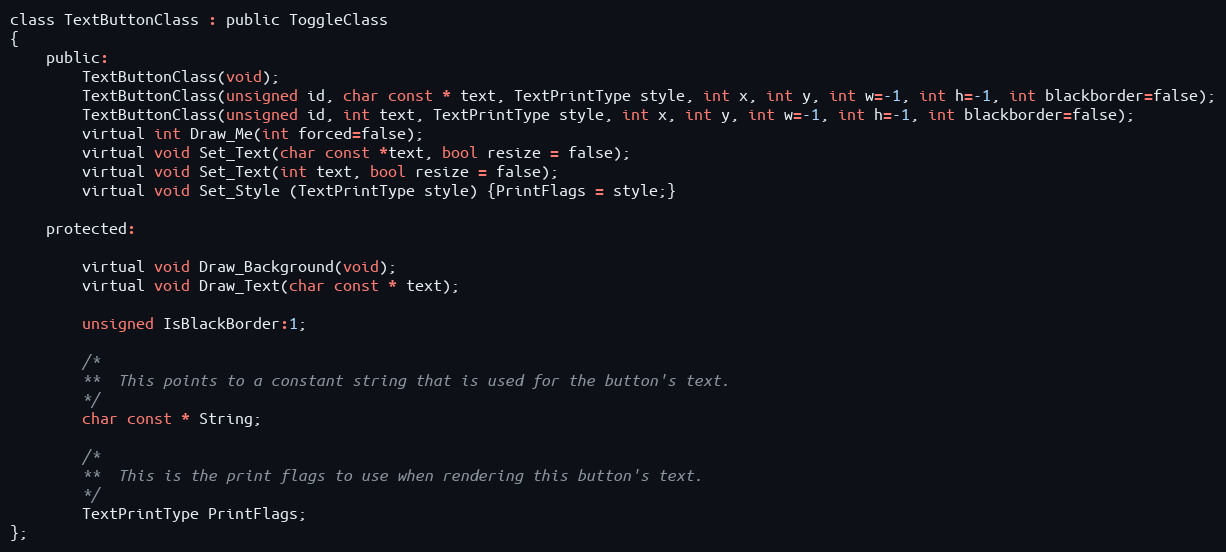
Language: C
class TextButtonClass : public ToggleClass
{
	public:
		TextButtonClass(void);
		TextButtonClass(unsigned id, char const * text, TextPrintType style, int x, int y, int w=-1, int h=-1, int blackborder=false);
		TextButtonClass(unsigned id, int text, TextPrintType style, int x, int y, int w=-1, int h=-1, int blackborder=false);
		virtual int Draw_Me(int forced=false);
		virtual void Set_Text(char const *text, bool resize = false);
		virtual void Set_Text(int text, bool resize = false);
		virtual void Set_Style (TextPrintType style) {PrintFlags = style;}

	protected:

		virtual void Draw_Background(void);
		virtual void Draw_Text(char const * text);

		unsigned IsBlackBorder:1;

		/*
		**	This points to a constant string that is used for the button's text.
		*/
		char const * String;

		/*
		**	This is the print flags to use when rendering this button's text.
		*/
		TextPrintType PrintFlags;
};